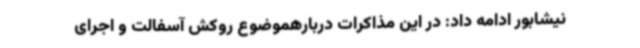
نیشابور ادامه داد: در این مذاکرات دربارهموضوع روکش آسفالت و اجرای